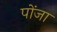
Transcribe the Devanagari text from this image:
पोंजा